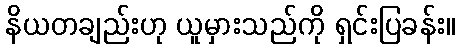
နိယတချည်းဟု ယူမှားသည်ကို ရှင်းပြခန်း။